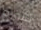
تشربه